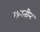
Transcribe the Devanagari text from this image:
करतीन